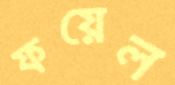
ফয়েল